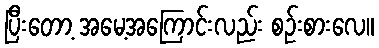
ပြီးတော့ အမေ့အကြောင်းလည်း စဉ်းစားလေ။